Punjab Mental Hospital Lahore 1922-31 - 1922-1931
Year: 1922
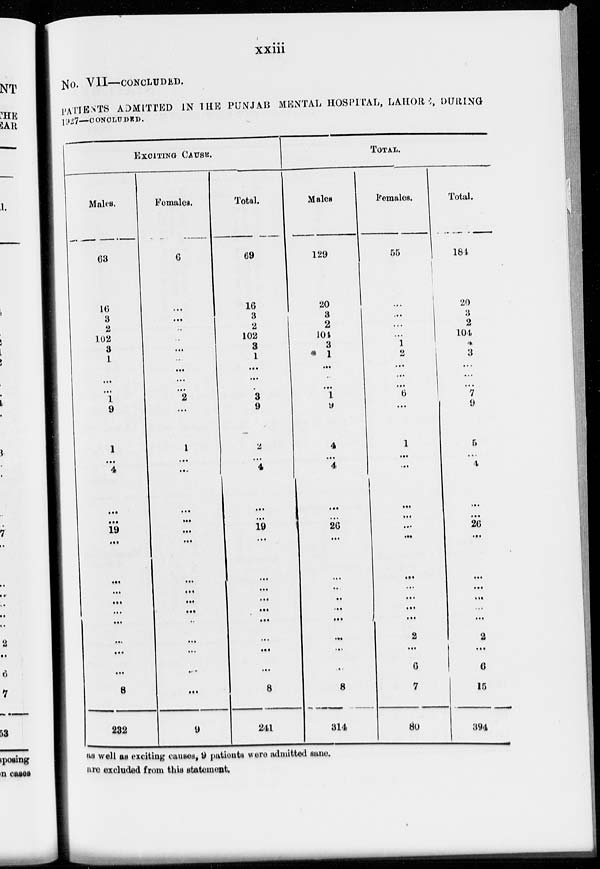
xxiii
No. VII—CONCLUDED.
PATIENTS ADMITTED IN THE PUNJAB MENTAL HOSPITAL, LAHORE, DURING
1927—CONCLUDED.
EXCITING CAUSE.
Males.
63
16
3
2
102
3
1
...
...
1
9
1
...
4
...
...
19
...
...
...
...
...
...
...
...
...
8
232
Females.
6
...
...
...
...
...
..
...
...
...
2
...
1
...
...
...
...
...
...
...
...
...
...
...
...
...
...
...
9
Total.
69
16
3
2
102
3
1
...
...
.
3
9
2
...
4
...
...
19
...
...
...
...
...
...
...
...
...
8
241
TOTAL.
Males
129
20
8
2
101
3
1
...
...
...
1
9
4
...
4
...
...
26
...
...
...
...
...
...
...
...
...
8
314
Females.
65
...
...
...
1
2
...
...
...
6
...
1
...
...
...
...
...
...
...
...
...
...
...
2
...
6
7
80
Total.
184
20
3
2
104
4
3
...
...
7
9
5
...
4
...
...
26
...
...
...
...
...
...
2
...
6
15
394
as well as exciting causes, 9 patients were admitted sane.
are excluded from this statement.